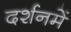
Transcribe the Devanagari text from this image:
दर्शनमें